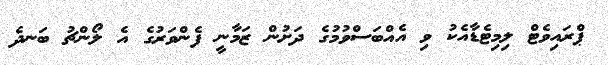
ޕްރައިވެޓް ލިމިޓެޑާއެކު ވި އެއްބަސްވުމުގެ ދަށުން ޒަމާނީ ފެންވަރުގެ އެ ލޯންޗު ބަނދެ